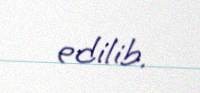
edilib.